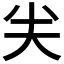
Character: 𠔉